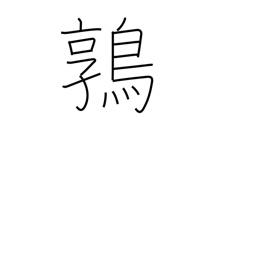
Meaning: quail